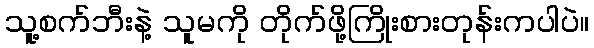
သူ့စက်ဘီးနဲ့ သူမကို တိုက်ဖို့ကြိုးစားတုန်းကပါပဲ။